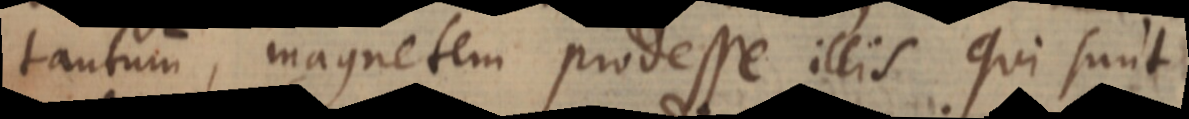
tantum, magnetem prodesse illis qui sunt